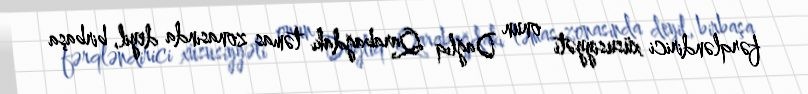
fərqləndirici xüsusiyyəti onun Dağlıq Qarabağdakı təmas zonasında deyil, birbaşa